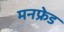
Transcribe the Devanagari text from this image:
मनफ्रेड